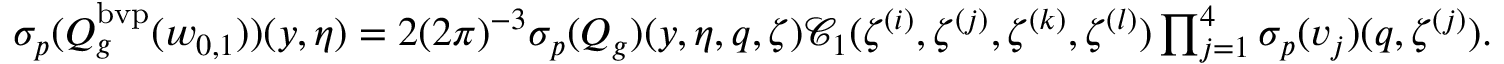
\begin{array} { r l } & { { { \sigma _ { p } } } ( Q _ { g } ^ { \mathrm { b v p } } ( w _ { 0 , 1 } ) ) ( y , \eta ) = 2 ( 2 \pi ) ^ { - 3 } { { \sigma _ { p } } } ( Q _ { g } ) ( y , \eta , q , \zeta ) \mathcal { C } _ { 1 } ( \zeta ^ { ( i ) } , \zeta ^ { ( j ) } , \zeta ^ { ( k ) } , \zeta ^ { ( l ) } ) \prod _ { j = 1 } ^ { 4 } { { \sigma _ { p } } } ( v _ { j } ) ( q , \zeta ^ { ( j ) } ) . } \end{array}